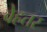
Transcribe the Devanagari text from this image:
वेहतर